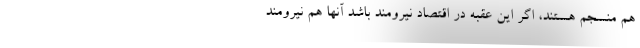
هم منسجم هستند، اگر این عقبه در اقتصاد نیرومند باشد آنها هم نیرومند